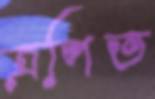
ত্রপিত